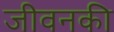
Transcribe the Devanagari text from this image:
जीवनकी